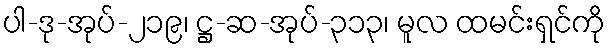
ပါ-ဒု-အုပ်-၂၁၉၊ ဋ္ဌ-ဆ-အုပ်-၃၁၃၊ မူလ ထမင်းရှင်ကို